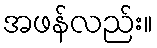
အဖန်လည်း။